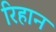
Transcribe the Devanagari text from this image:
रिहान